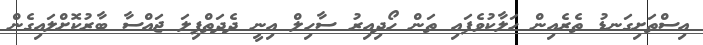
އިސްތަށިގަނޑު ތެރެއިން ހަލާކުވެފައި ތަން ހޯދިއިރު ސާހިލް އިނީ ދެދަތްޕިލަ ޖައްސާ ބާރުކޮށްލައިގެން